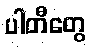
ပါတီတွေ